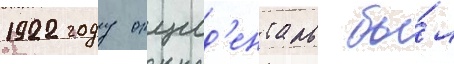
1922 году окцид'енталь бы́л